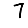
Digit: 7